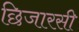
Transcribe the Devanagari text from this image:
छिजारसी